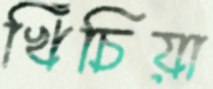
খিঁচিয়া